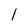
Character: l